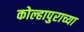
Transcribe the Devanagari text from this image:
कोल्हापुराच्या